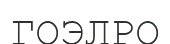
ГОЭЛРО